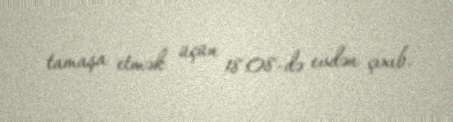
tamaşa etmək üçün 18:08-də evdən çıxıb.